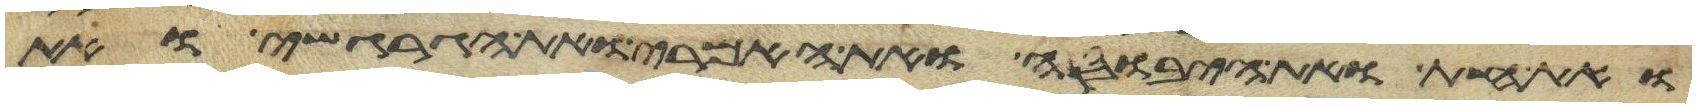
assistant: ואת החת ואת היבוסי ואת האמרי ואת הגרגשי ואת